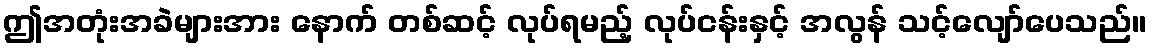
ဤအတုံးအခဲများအား နောက် တစ်ဆင့် လုပ်ရမည့် လုပ်ငန်းနှင့် အလွန် သင့်လျော်ပေသည်။